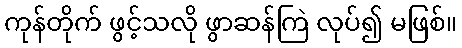
ကုန်တိုက် ဖွင့်သလို ဖွာဆန်ကြဲ လုပ်၍ မဖြစ်။